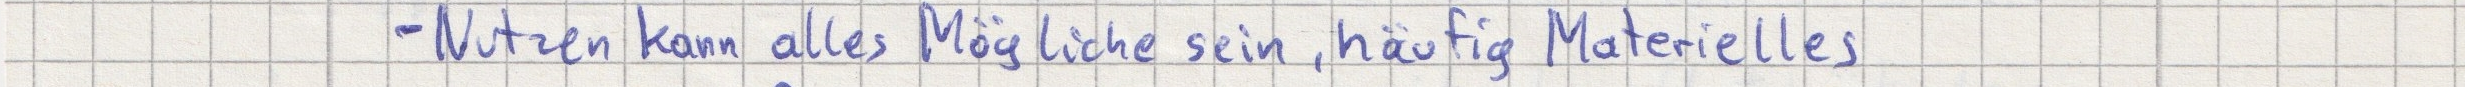
- Nutzen kann alles Mögliche sein, häufig Materielles